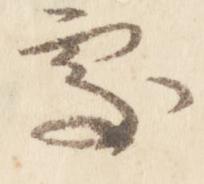
処